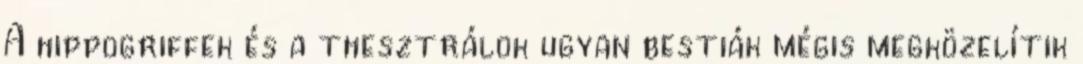
A hippogriffek és a thesztrálok ugyan bestiák mégis megközelítik